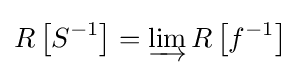
R\left[S^{-1}\right]=\varinjlim R\left[f^{-1}\right]